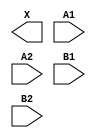
module sky130_fd_sc_ls__a22o (
    X ,
    A1,
    A2,
    B1,
    B2
);

    output X ;
    input  A1;
    input  A2;
    input  B1;
    input  B2;

    // Voltage supply signals
    supply1 VPWR;
    supply0 VGND;
    supply1 VPB ;
    supply0 VNB ;

endmodule